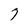
Character: 7